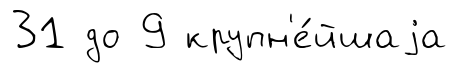
31 до 9 крупн'е́йшаjа